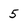
Character: 5